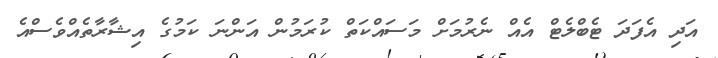
އަދި އެފަދަ ޓެބްލެޓް އެއް ނެރުމަށް މަސައްކަތް ކުރަމުން އަންނަ ކަމުގެ އިޝާރާތެއްވެސްއެ